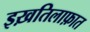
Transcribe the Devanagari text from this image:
इख़तिलाफ़ात